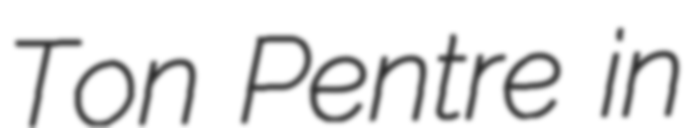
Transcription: Ton Pentre in